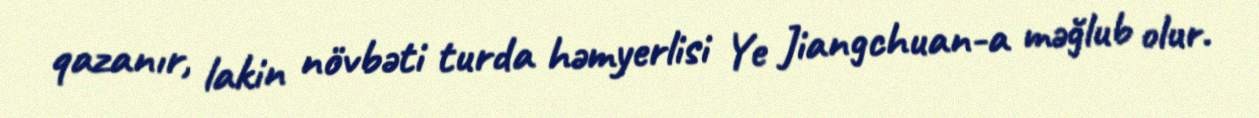
qazanır, lakin növbəti turda həmyerlisi Ye Jiangchuan-a məğlub olur.